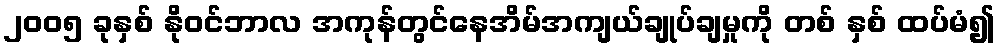
၂၀၀၅ ခုနှစ် နိုဝင်ဘာလ အကုန်တွင်နေအိမ်အကျယ်ချုပ်ချမှုကို တစ် နှစ် ထပ်မံ၍